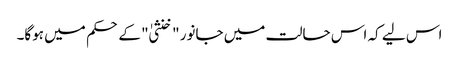
اس لیے کہ اس حالت میں جانور "خنثیٰ" کے حکم میں ہوگا۔